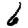
Digit: 6